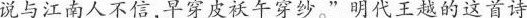
说与江南人不信，早穿皮袄午穿纱。”明代王越的这首诗